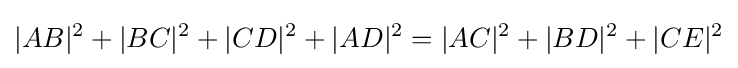
|AB|^{2}+|BC|^{2}+|CD|^{2}+|AD|^{2}=|AC|^{2}+|BD|^{2}+|CE|^{2}